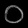
Digit: ၀